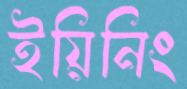
ইয়িনিং